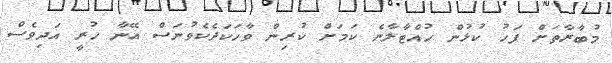
މުބާރާތަށް ފަހު ކުޅުން ހުއްޓާލާނެ ކަމަށް ކުރިން ވާހަކަދެކެވުނަސް އޭނާ ހުރީ އަދިވެސް